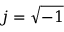
j = \sqrt { - 1 }